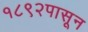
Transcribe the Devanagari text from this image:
१८९२पासून